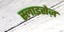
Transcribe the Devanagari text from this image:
स्लाइसेज़